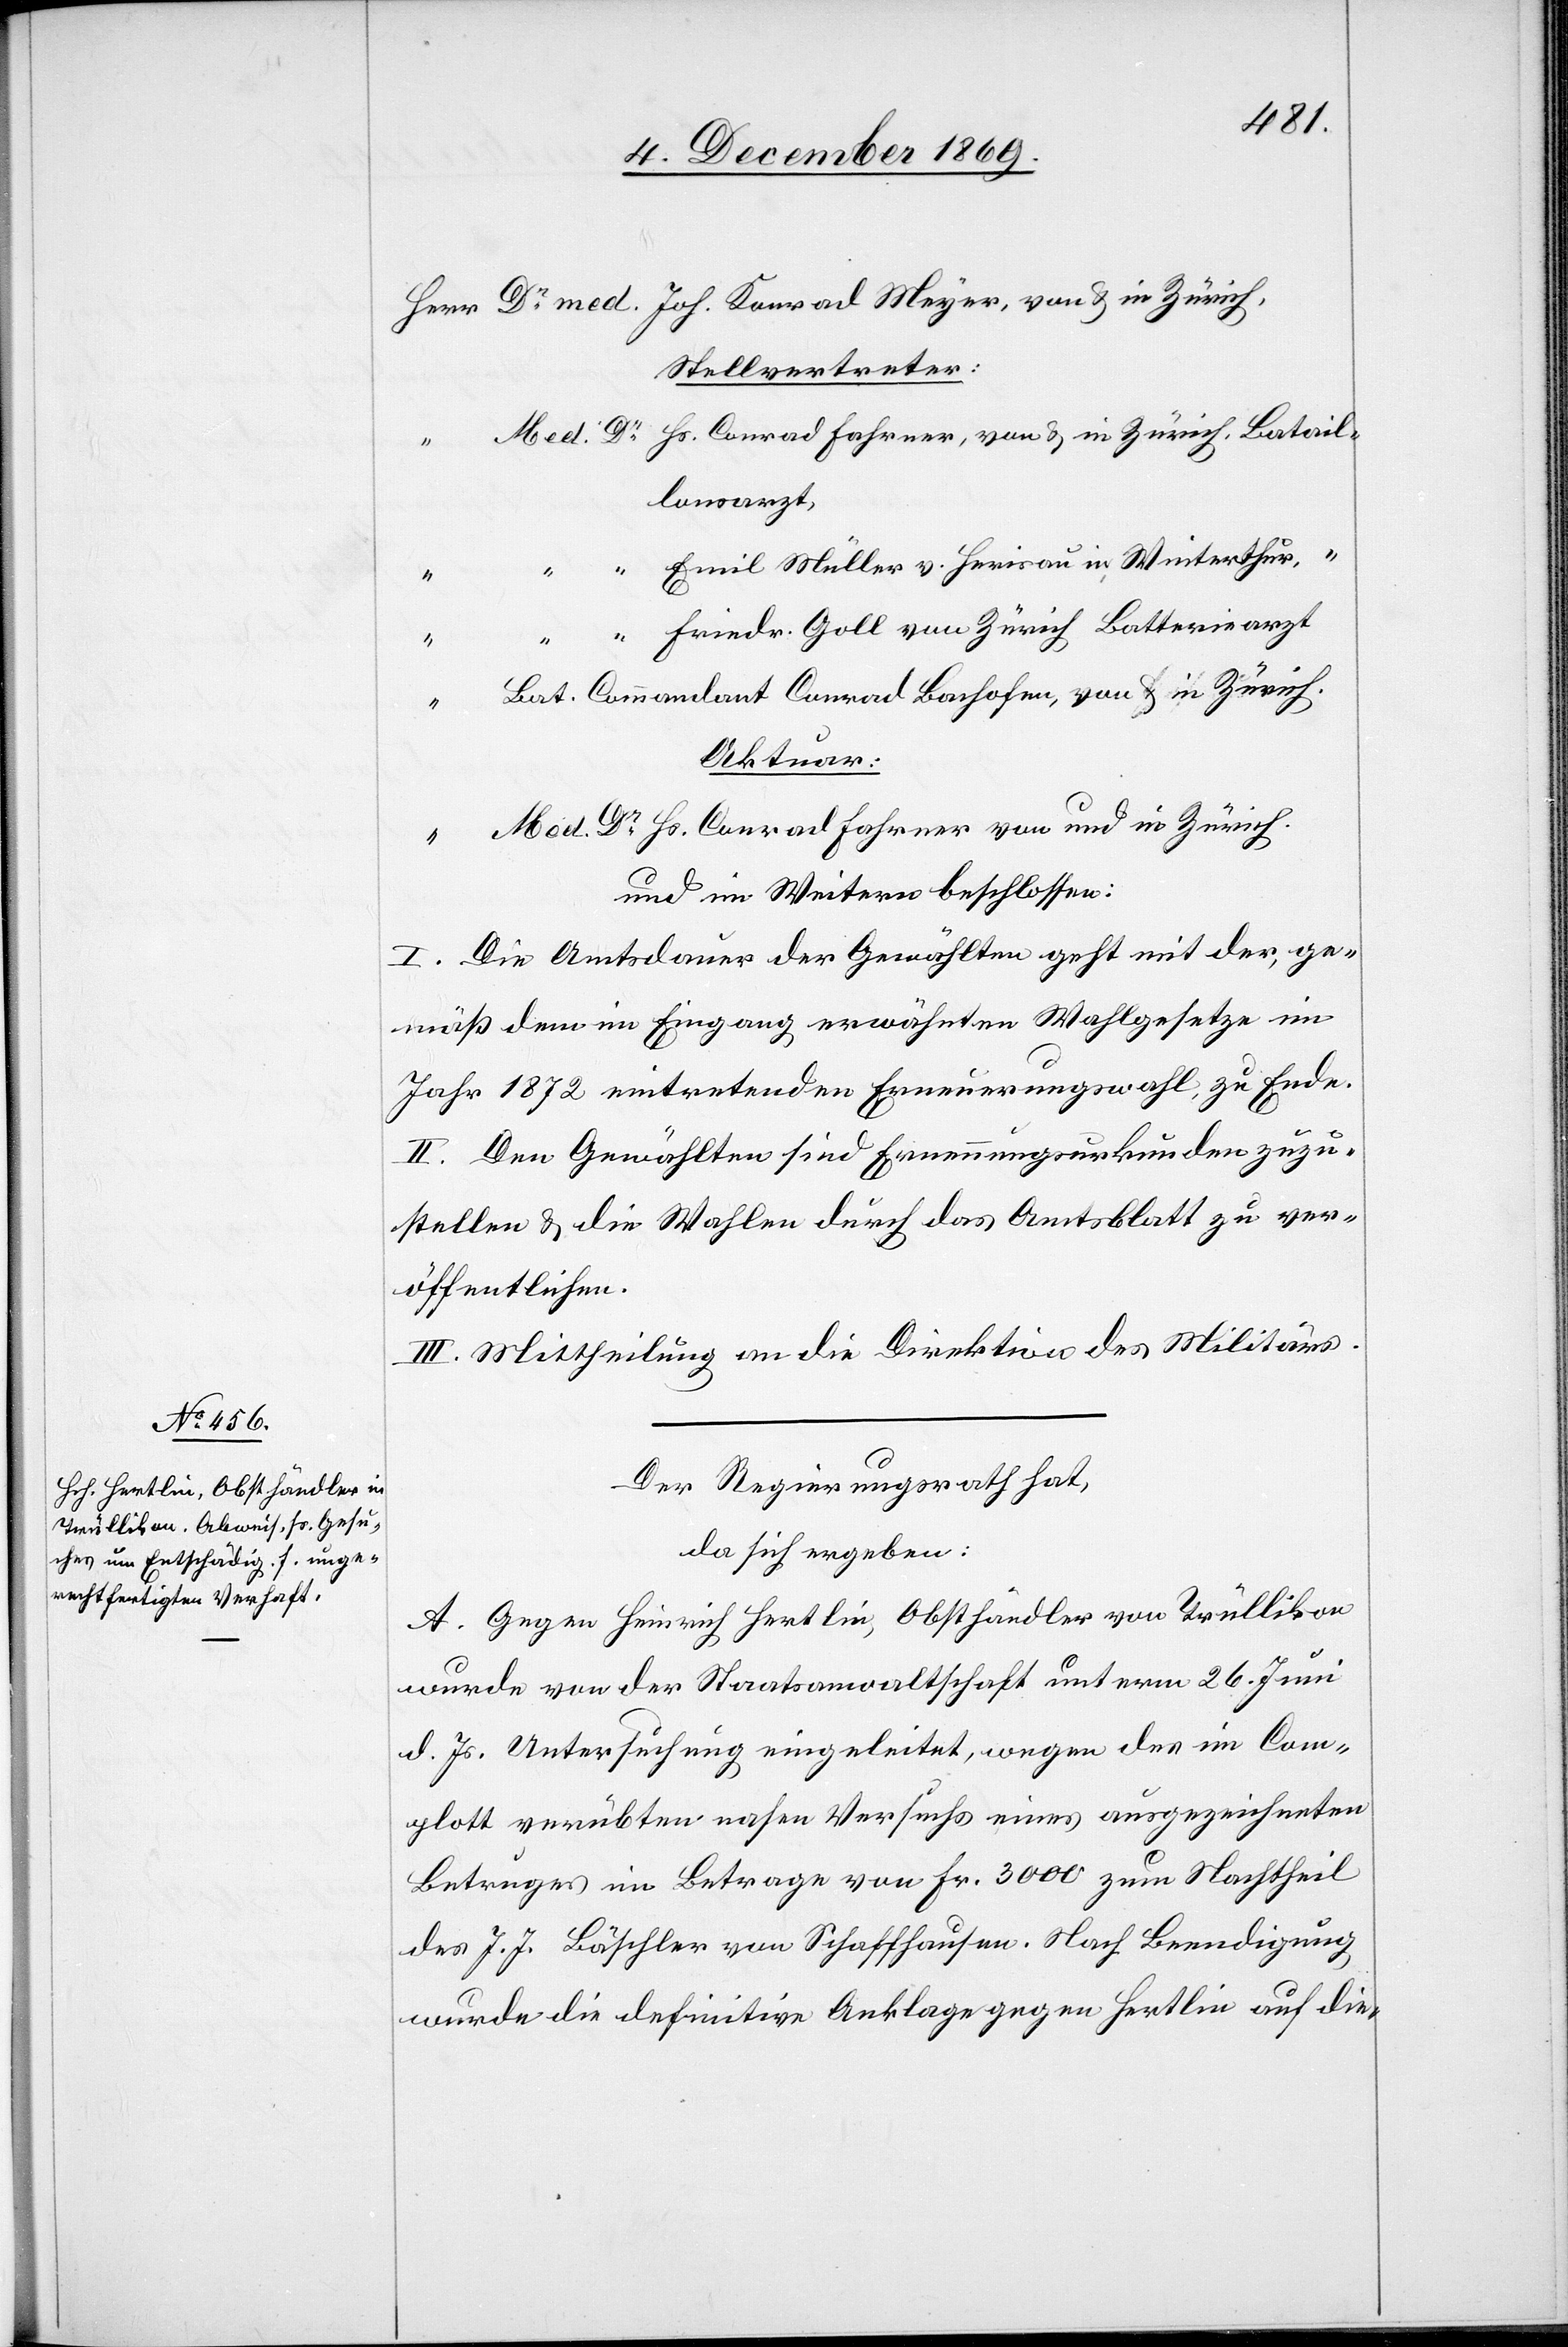
Dr med. Joh. Konrad Meyer, von & in Zürich,
Stellvertreter:
Hs. Conrad Fahrner, von & in Zürich, Batail¬
lonsarzt,
Emil Müller v. Herisau in Winterthur, “
“
Friedr. Goll von Zürich Batteriearzt
“
Med.
Bat. Commandant Conrad Bachofen, von & in Zürich.
Aktuar:
Med. Dr Hs. Conrad Fahrner von und in Zürich.
und im Weitern beschlossen:
I. Die Amtsdauer der Gewählten geht mit der, ge¬
mäß dem im Eingang erwähnten Wahlgesetze im
Jahr 1872 eintretenden Erneuerungswahl, zu Ende.
II. Den Gewählten sind Ernennungsurkunden zuzu¬
stellen & die Wahlen durch das Amtsblatt zu ver¬
öffentlichen.
III. Mittheilung an die Direktion des Militärs.
Der Regierungsrath hat,
da sich ergeben:
A. Gegen Heinrich Hertlin, Obsthändler von Trüllikon
wurde von der Staatsanwaltschaft unterm 26. Juni
d. Js. Untersuchung eingeleitet, wegen des im Com¬
plott verübten nahen Versuchs eines ausgezeichneten
Betruges im Betrage von Fr. 3000 zum Nachtheil
des J. J. Bäschler von Schaffhausen. Nach Beendigung
wurde die definitive Anklage gegen Hertlin auf die-